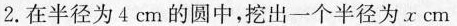
2. 在半径为 4 cm 的圆中，挖出一个半径为 x cm